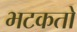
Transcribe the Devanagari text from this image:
भटकतो